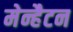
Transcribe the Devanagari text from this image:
मेन्हैटन